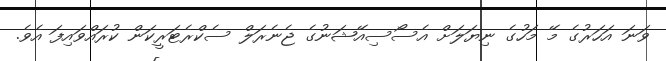
ވަނަ އަހަރުގެ މޭ މަހުގެ ނިޔަލަށް އެސޯސިއޭޝަނުގެ ޖެނެރަލް ސެކްރެޓަރީކަން ކުރައްވައިފަ އެވެ.